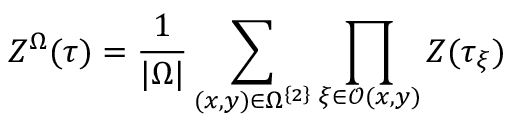
Z ^ { \Omega } ( \tau ) = \frac { 1 } { | \Omega | } \sum _ { ( x , y ) \in \Omega ^ { \left\{ 2 \right\} } } \prod _ { \xi \in \mathcal { O } ( x , y ) } Z ( \tau _ { \xi } )